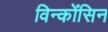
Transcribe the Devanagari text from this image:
विन्कोंसिन